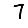
Digit: 7